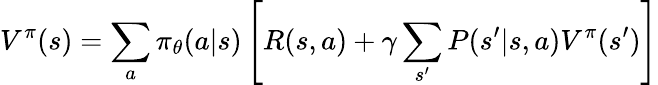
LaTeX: V^{\pi}(s)=\sum_{a}\pi_{\theta}(a|s)\left[R(s,a)+\gamma\sum_{s^{\prime}}P(s^{\prime}|s,a)V^{\pi}(s^{\prime})\right]